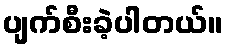
ပျက်စီးခဲ့ပါတယ်။